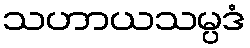
သဟာယသမ္ပဒံ